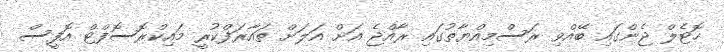
ހޮޓެލް ޖެންގައި ބޭއްވި ރަސްމިއްޔާތުގައި ރާއްޖެ އަށް އަލަށް ތައާރަފްކުރީ މައިކްރޮސޮފްޓް އޮފީސް